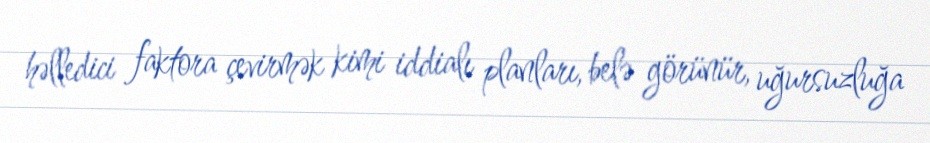
həlledici faktora çevirmək kimi iddialı planları, belə görünür, uğursuzluğa